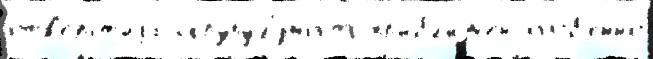
отв'е́рст'иjа скрупул'́зность пр'ибл'и́жен осо́б'енно